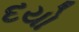
દયો